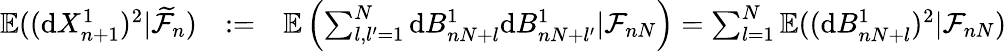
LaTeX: \begin{array}{rlr}{\mathbb{E}((\mathrm{d}X_{n+1}^{1})^{2}|\widetilde{\mathcal{F}}_{n})}&{:=}&{\mathbb{E}\left(\sum_{l,l^{\prime}=1}^{N}\mathrm{d}B_{nN+l}^{1}\mathrm{d}B_{nN+l^{\prime}}^{1}|\mathcal{F}_{nN}\right)=\sum_{l=1}^{N}\mathbb{E}((\mathrm{d}B_{nN+l}^{1})^{2}|\mathcal{F}_{nN})}\end{array}